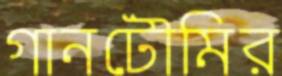
গানটৌমির